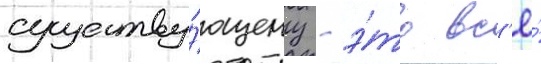
существу́ющему - э́то вс'ё́